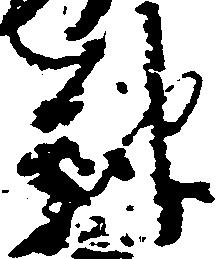
報